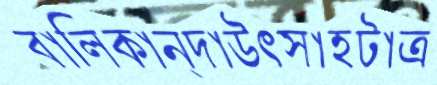
বালিকান্দাউৎসাহটাত্র